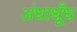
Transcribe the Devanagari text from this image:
अंधाधूँध